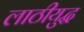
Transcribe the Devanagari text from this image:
लाठीयुद्ध